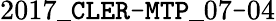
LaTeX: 2017\_ \texttt{CLER-MTP}\_ 07\texttt{-}04